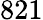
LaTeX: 821